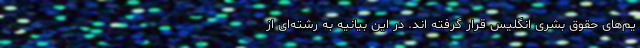
یم‌های حقوق بشری انگلیس قرار گرفته اند. در این بیانیه به رشته‌ای از